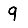
Digit: 9